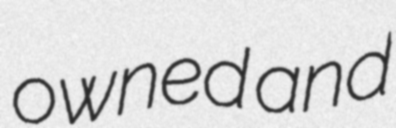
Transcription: owned and